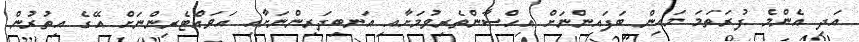
އަދި އެންމެ ފުރަތަމަ މައިން ބަފައިންނަށް އިހްސާންތެރިވުމަށާއި އަނބިދަރިންނަށާއި އަވައްޓެރިންނަށް އޭގެ އިތުރުން